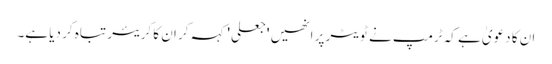
ان کا دعویٰ ہے کہ ٹرمپ نے ٹویٹر پر انھیں 'جعلی' کہہ کر ان کا کریئر تباہ کر دیا ہے۔